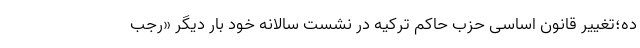
ده؛تغییر قانون اساسی حزب حاکم ترکیه در نشست سالانه خود بار دیگر «رجب